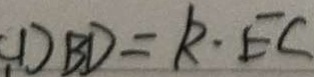
D B D = k \cdot E C